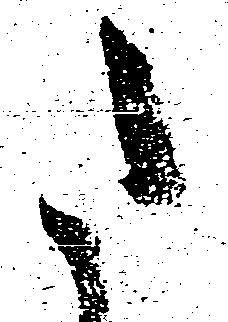
た